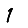
Digit: 1